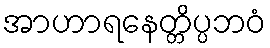
အာဟာရနေတ္တိပ္ပဘဝံ